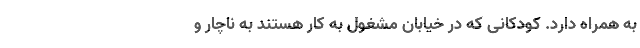
به همراه دارد. کودکانی که در خیابان مشغول به کار هستند به ناچار و